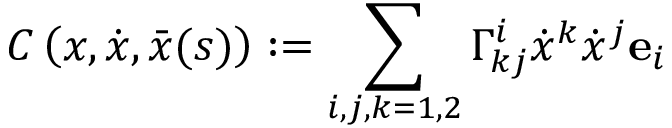
C \left( \boldsymbol x , \dot { \boldsymbol x } , \bar { \boldsymbol { x } } ( s ) \right) : = \sum _ { i , j , k = 1 , 2 } \Gamma _ { k j } ^ { i } \dot { x } ^ { k } \dot { x } ^ { j } \mathbf { e } _ { i }